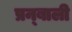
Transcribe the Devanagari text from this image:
प्रन्बाली